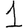
Digit: 1